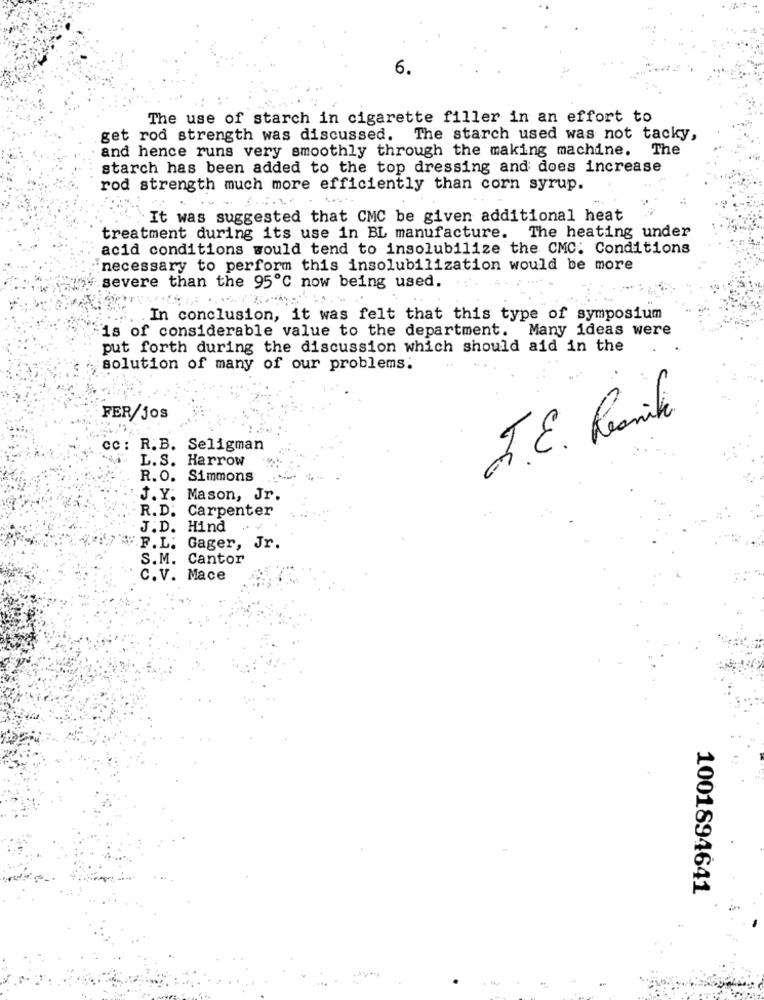
6.
The use of starch in cigarette filler in an effort to
get rod strength was discussed. The starch used was not tacky,
and hence runs very smoothly through the making machine. The
starch has been added to the top dressing and does increase
rod strength much more efficiently than corn syrup.
`It was suggested that CMC be given additional heat
treatment during its use in BL manufacture. The heating under
acid conditions would tend to insolubilize the CMC. Conditions
necessary to perform this insolubilization would be more
severe than the 95℃ now being used.
In conclusion, it was felt that this type of symposium
is of considerable value to the department. Many ideas were
put forth during the discussion which should aid in the
solution of many of our problems.
FER/jos
J.E. Resaniki
cc: R.B. Seligman
L. S. Harrow
R. O. Simmons
J. Y. Mason, Jr.
R.D. Carpenter
J.D. Hind
"F.L. Gager, Jr.
S.M. Cantor
C.V. Mace
1001894641